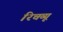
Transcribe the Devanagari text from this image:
रिचव्यू